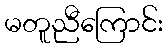
မတူညီကြောင်း